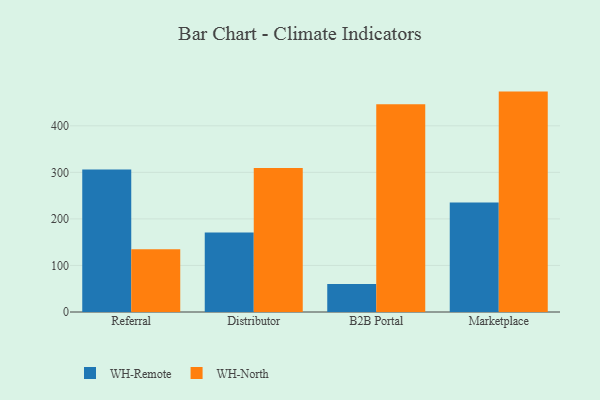
{"axis": {"x": "Channel", "y": "Tickets Resolved"}, "legend": ["WH-North", "WH-Remote"], "data": [{"x": "Referral", "y": 306.4, "type": "WH-Remote"}, {"x": "Referral", "y": 134.6, "type": "WH-North"}, {"x": "Distributor", "y": 171.0, "type": "WH-Remote"}, {"x": "Distributor", "y": 309.3, "type": "WH-North"}, {"x": "B2B Portal", "y": 60.1, "type": "WH-Remote"}, {"x": "B2B Portal", "y": 446.1, "type": "WH-North"}, {"x": "Marketplace", "y": 235.5, "type": "WH-Remote"}, {"x": "Marketplace", "y": 473.5, "type": "WH-North"}]}